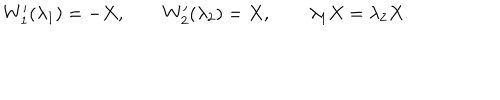
LaTeX: W _ { 1 } ^ { \prime } ( \lambda _ { 1 } ) = - X , \qquad W _ { 2 } ^ { \prime } ( \lambda _ { 2 } ) = X , \qquad \lambda _ { 1 } X = \lambda _ { 2 } X .